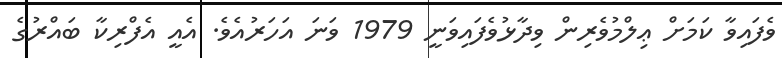
ވެފައިވާ ކަމަށް ޢިލްމުވެރިން ވިދާޅުވެފައިވަނީ 1979 ވަނަ އަހަރުއެވެ. އެއީ އެފްރިކާ ބައްރުގެ